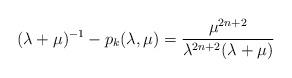
LaTeX: \begin{align*} (\lambda+\mu)^{-1}-p_k(\lambda,\mu)=\frac{\mu^{2n+2}}{\lambda^{2n+2}(\lambda+\mu)}\end{align*}